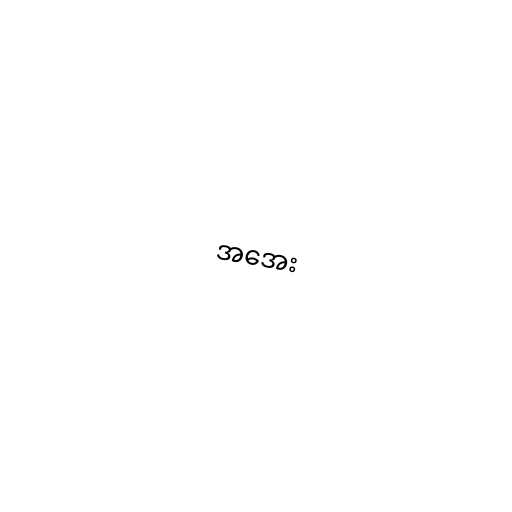
အအေး